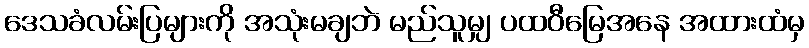
ဒေသခံလမ်းပြများကို အသုံးမချဘဲ မည်သူမျှ ပထဝီမြေအနေ အထားထံမှ